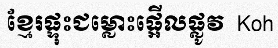
ខ្មែរផ្ទុះជម្លោះផ្អើលផ្លូវ  Koh